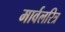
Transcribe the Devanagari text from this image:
मार्वलरित्र